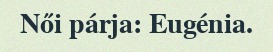
Női párja: Eugénia.